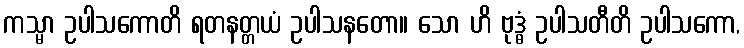
ကသ္မာ ဥပါသကောတိ ရတနတ္တယံ ဥပါသနတော။ သော ဟိ ဗုဒ္ဓံ ဥပါသတီတိ ဥပါသကော,